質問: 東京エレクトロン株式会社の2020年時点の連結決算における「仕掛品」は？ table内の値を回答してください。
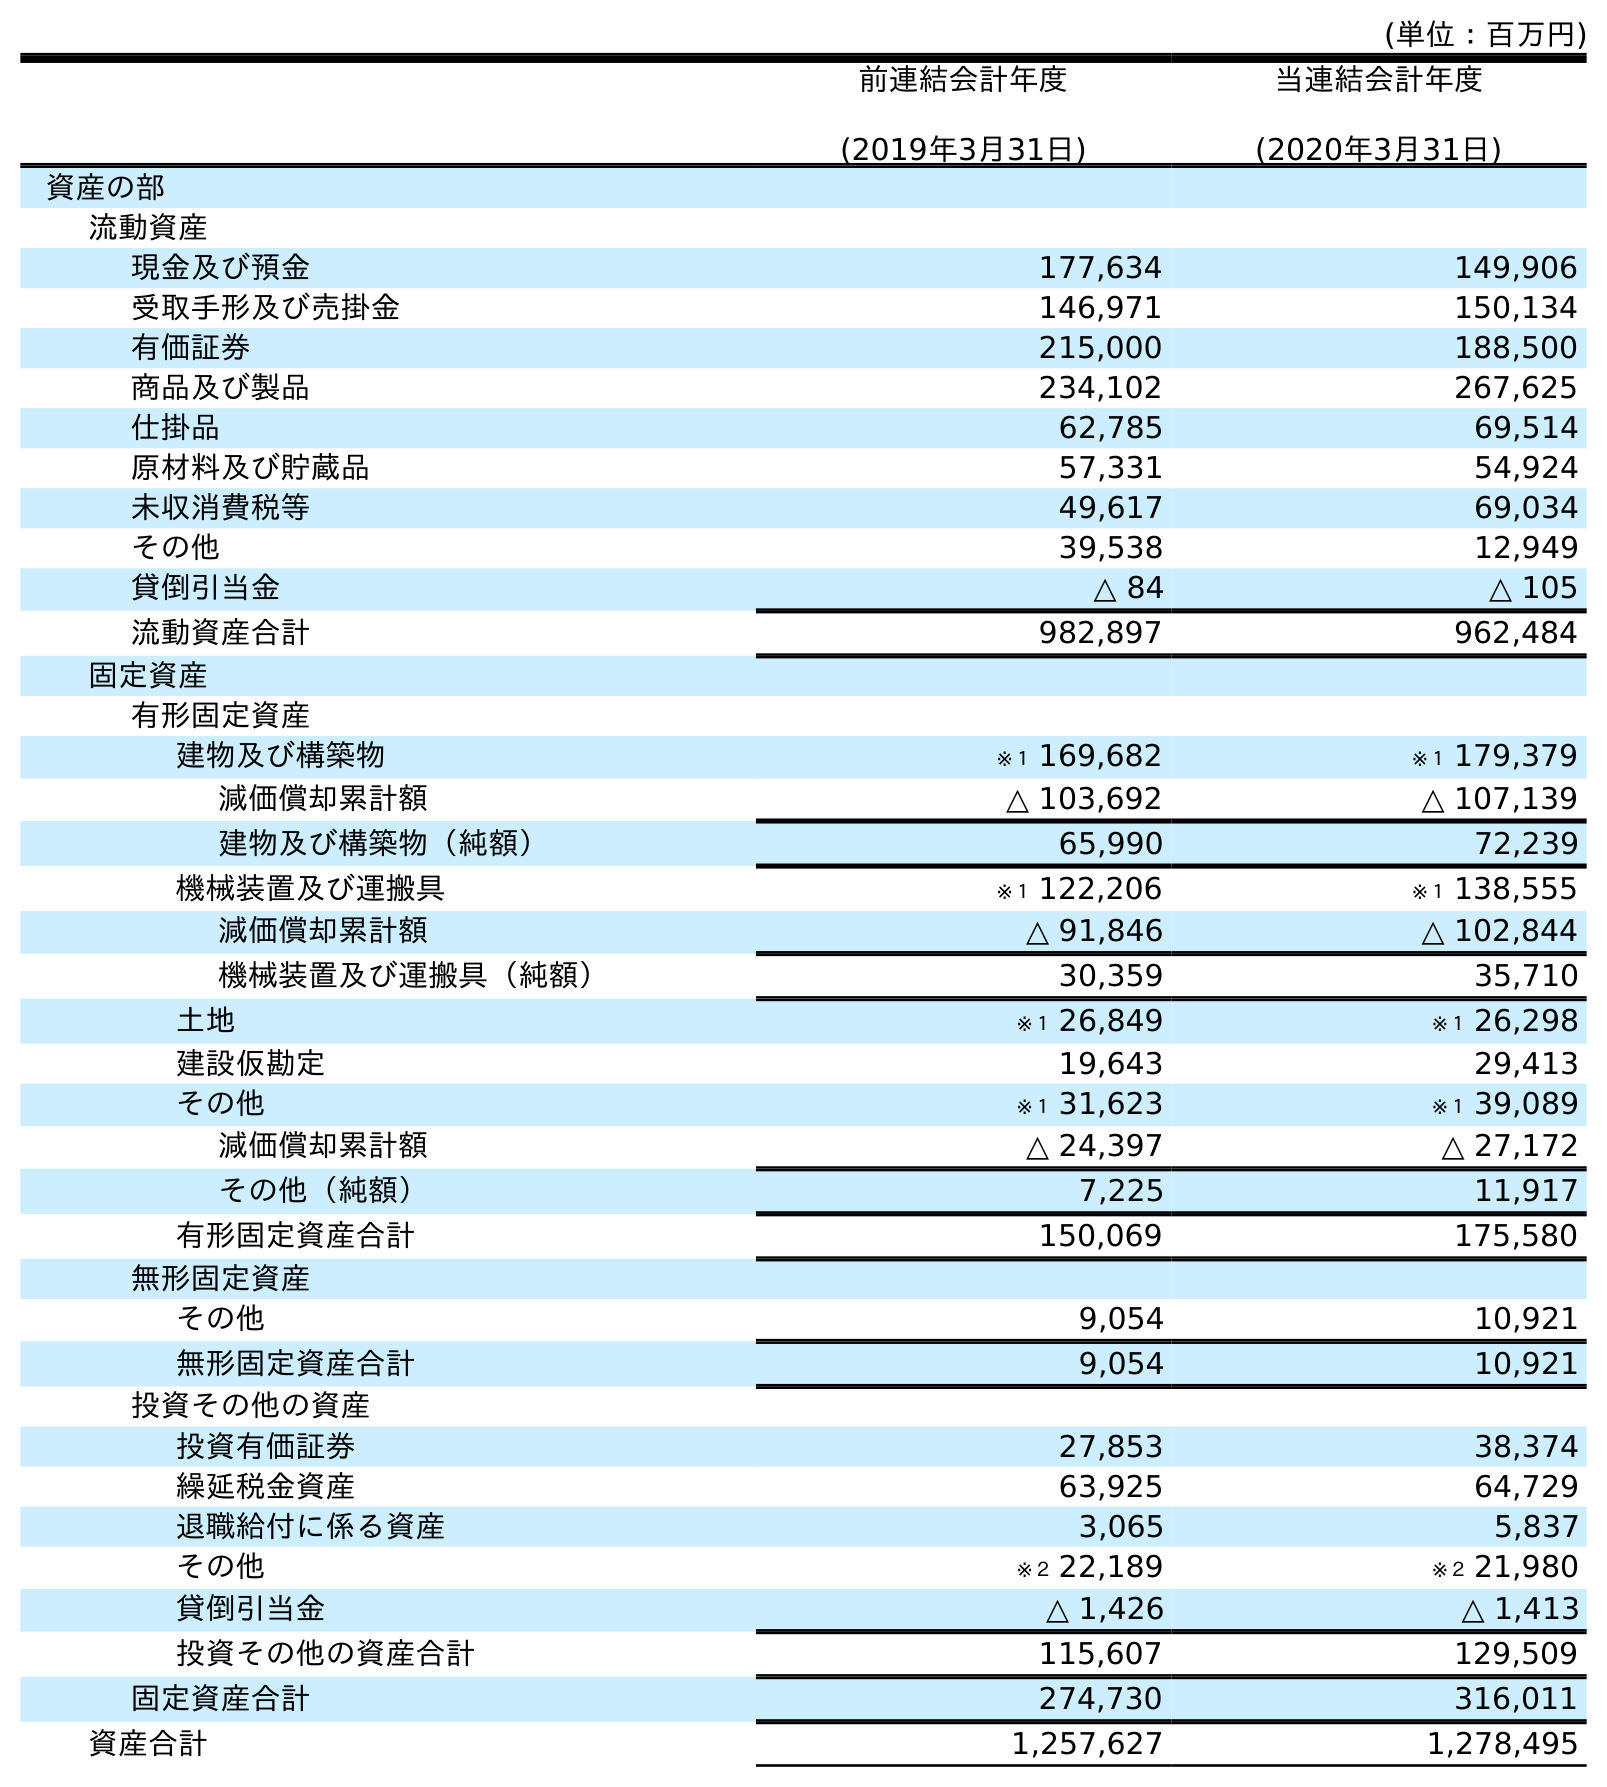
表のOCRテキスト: (単位：百万円) 前連結会計年度 (2019年3月31日) 当連結会計年度 (2020年3月31日) 資産の部 流動資産 現金及び預金 177,634 149,906 受取手形及び売掛金 146,971 150,134 有価証券 215,000 188,500 商品及び製品 234,102 267,625 仕掛品 62,785 69,514 原材料及び貯蔵品 57,331 54,924 未収消費税等 49,617 69,034 その他 39,538 12,949 貸倒引当金 △ 84 △ 105 流動資産合計 982,897 962,484 固定資産 有形固定資産 建物及び構築物 ※１ 169,682 ※１ 179,379 減価償却累計額 △ 103,692 △ 107,139 建物及び構築物（純額） 65,990 72,239 機械装置及び運搬具 ※１ 122,206 ※１ 138,555 減価償却累計額 △ 91,846 △ 102,844 機械装置及び運搬具（純額） 30,359 35,710 土地 ※１ 26,849 ※１ 26,298 建設仮勘定 19,643 29,413 その他 ※１ 31,623 ※１ 39,089 減価償却累計額 △ 24,397 △ 27,172 その他（純額） 7,225 11,917 有形固定資産合計 150,069 175,580 無形固定資産 その他 9,054 10,921 無形固定資産合計 9,054 10,921 投資その他の資産 投資有価証券 27,853 38,374 繰延税金資産 63,925 64,729 退職給付に係る資産 3,065 5,837 その他 ※２ 22,189 ※２ 21,980 貸倒引当金 △ 1,426 △ 1,413 投資その他の資産合計 115,607 129,509 固定資産合計 274,730 316,011 資産合計 1,257,627 1,278,495
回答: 69,514